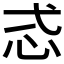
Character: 𢗥